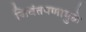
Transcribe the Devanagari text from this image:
जिवंतपणामुळे